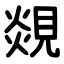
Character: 覢